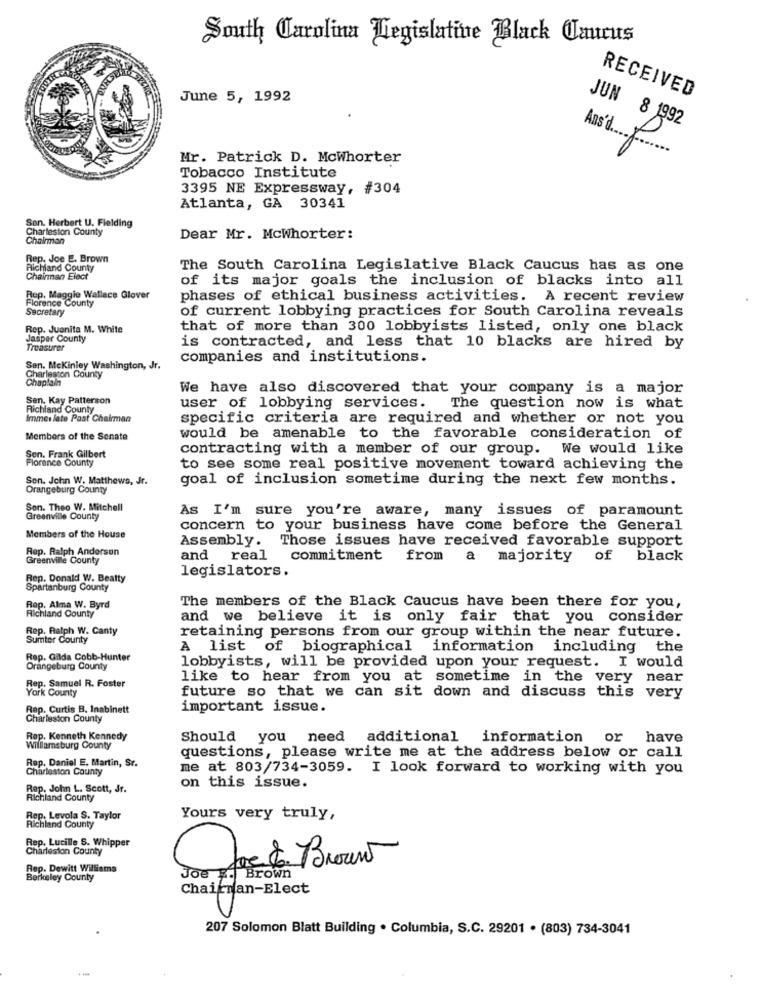
South Carolina Legislative Black Omicus
RECEIVED
June 5, 1992
JUN 8 1992
Mr. Patrick D. Mcwhorter
Tobacco Institute
3395 NE Expressway, #304
Atlanta, GA 30341
San. Herbert U. Fielding
Charleston County
Chairman
Dear Mr. Mcwhorter:
Rep. Joe E. Brown
Richland County
The South Carolina Legislative Black Caucus has as one
Chairman Elect
of its major goals the inclusion of blacks into all
Rep. Maggie Wallace Glover
Florence County
phases of ethical business activities. A recent review
Secretary
of current lobbying practices for South Carolina reveals
Rep. Juanita M. White
that of more than 300 lobbyists listed, only one black
Jasper County
is contracted, and less that 10 blacks are hired by
Treasurer
companies and institutions.
Sen. Mckinley Washington, Jr.
Charleston County
Chaplain
We have also discovered that your company is a major
Sen. Kay Patterson
Richland County
user of lobbying services. The question now is what
Immer late Past Chairman
specific criteria are required and whether or not you
Members of the Senate
would be amenable to the favorable consideration of
contracting with a member of our group. We would like
Son. Frank Gilbert
Florence County
to see some real positive movement toward achieving the
Sen. John W. Matthews, Jr.
goal of inclusion sometime during the next few months.
Orangeburg County
Son. Theo W. Mitchell
As I'm sure you're aware, many issues of paramount
Greenville County
concern to your business have come before the General
Members of the House
Assembly. Those issues have received favorable support
Rep. Ralph Anderson
Greenville County
and
real
commitment from a majority of black
legislators.
Rep. Donald W. Beatty
Spartanburg County
The members of the Black Caucus have been there for you,
Rap. Alma W. Byrd
Richland County
and we believe it is only fair that you consider
Rep. Ralph W. Canty
retaining persons from our group within the near future.
Sumter County
A list of biographical information including the
Rep. Gilda Cobb-Hunter
Orangeburg County
lobbyists, will be provided upon your request. I would
like to hear from you at sometime in the very near
Rep. Samuel R. Foster
York County
future so that we can sit down and discuss this very
Rep. Curtis B. Inabinett
important issue.
Charleston County
Rep. Kenneth Kennedy
Should you need additional information or
have
Williamsburg County
questions, please write me at the address below or call
Rep. Daniel E. Martin, Sr.
Charleston County
me at 803/734-3059. I look forward to working with you
on this issue.
Rep. John L. Scott, Jr.
Richland County
Rep. Levola S. Taylor
Yours very truly,
Richland County
Rep. Lucille S. Whipper
Charleston County
Rep. Dewitt Williams
Berkeley County
Chairnan-Elect
207 Solomon Blatt Building . Columbia, S.C. 29201 . (803) 734-3041